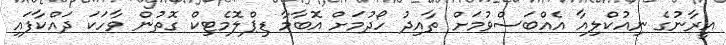
އީރާނުގެ ނިއުކްލިއާ އެއްބަސްވުމަށް ތާއިދު ހޯދުމަށް އޮބާމާ ޑިޕްލޮމެޓިކް ގޮތުން ވާހަކަ ދައްކާފައި